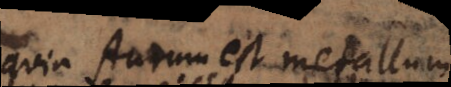
quia Aurum est metallum